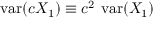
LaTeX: \operatorname { v a r } ( c X _ { 1 } ) \equiv c ^ { 2 } \, \operatorname { v a r } ( X _ { 1 } )